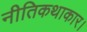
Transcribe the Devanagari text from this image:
नीतिकथाकार।